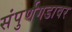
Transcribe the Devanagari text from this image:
संपुर्णगडावर